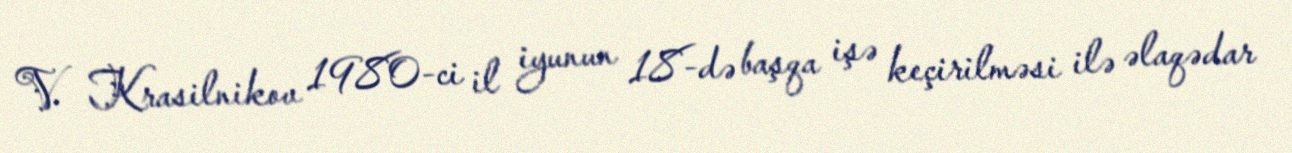
V. Krasilnikov 1980-ci il iyunun 18-də başqa işə keçirilməsi ilə əlaqədar